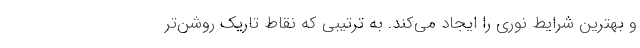
و بهترین شرایط نوری را ایجاد می‌کند. به ترتیبی که نقاط تاریک روشن‌تر